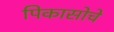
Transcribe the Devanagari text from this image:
पिकासोचे